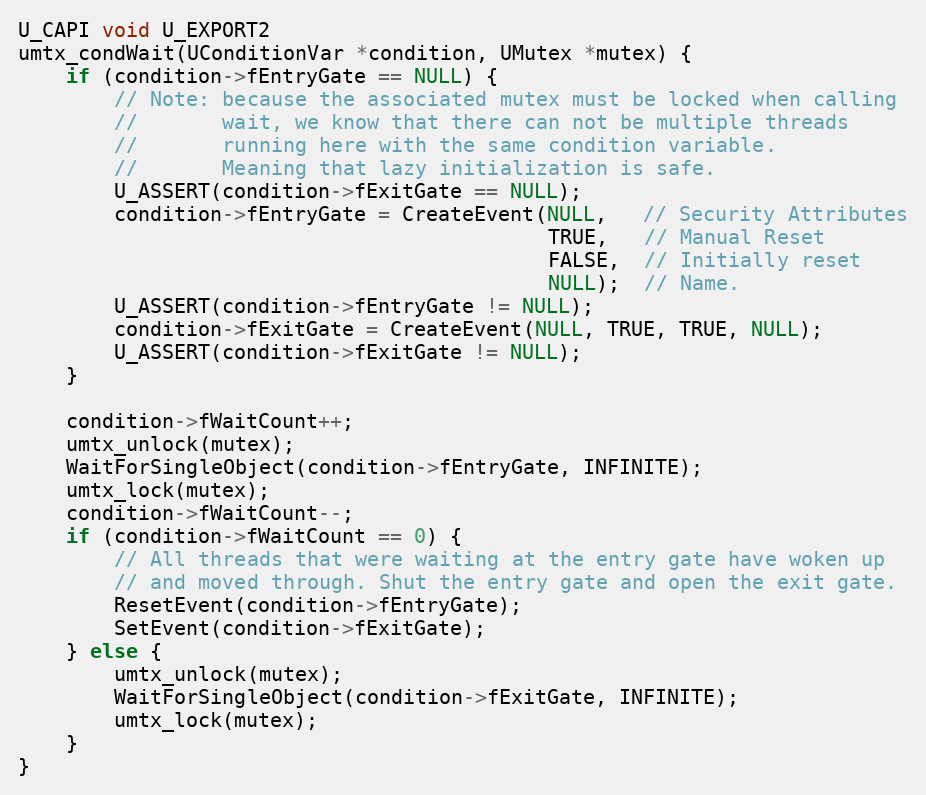
Language: C++
U_CAPI void U_EXPORT2
umtx_condWait(UConditionVar *condition, UMutex *mutex) {
    if (condition->fEntryGate == NULL) {
        // Note: because the associated mutex must be locked when calling
        //       wait, we know that there can not be multiple threads
        //       running here with the same condition variable.
        //       Meaning that lazy initialization is safe.
        U_ASSERT(condition->fExitGate == NULL);
        condition->fEntryGate = CreateEvent(NULL,   // Security Attributes
                                            TRUE,   // Manual Reset
                                            FALSE,  // Initially reset
                                            NULL);  // Name.
        U_ASSERT(condition->fEntryGate != NULL);
        condition->fExitGate = CreateEvent(NULL, TRUE, TRUE, NULL);
        U_ASSERT(condition->fExitGate != NULL);
    }

    condition->fWaitCount++;
    umtx_unlock(mutex);
    WaitForSingleObject(condition->fEntryGate, INFINITE);
    umtx_lock(mutex);
    condition->fWaitCount--;
    if (condition->fWaitCount == 0) {
        // All threads that were waiting at the entry gate have woken up
        // and moved through. Shut the entry gate and open the exit gate.
        ResetEvent(condition->fEntryGate);
        SetEvent(condition->fExitGate);
    } else {
        umtx_unlock(mutex);
        WaitForSingleObject(condition->fExitGate, INFINITE);
        umtx_lock(mutex);
    }
}